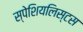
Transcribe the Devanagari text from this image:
स्पेशियलिस्टस